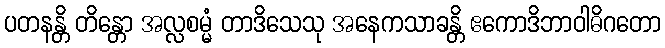
ပတနန္တိ တိန္တော အလ္လစမ္မံ တာဒိသေသု အနေကသာခန္တိ ဧကောဒိဘာဝါဓိဂတော